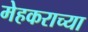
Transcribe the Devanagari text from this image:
मेहकराच्या